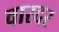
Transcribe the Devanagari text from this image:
वारदर